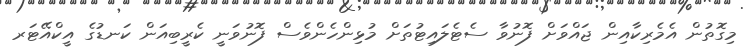
މިގޮތުން އެމެރިކާއިން ޖައްވަށް ފޮނުވާ ސެޓެލައިޓުތަށް މުޅިންހެންވެސް ފޮނުވަނީ ކެރީބިއަން ކަނޑުގެ އީކްއޭޓަރ